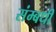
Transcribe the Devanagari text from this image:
संम्बधी